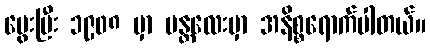
မွေးပြီး ၁၉၀၈ မှာ မန္တလေးမှာ အနိစ္စရောက်ပါတယ်။